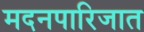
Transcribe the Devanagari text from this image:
मदनपारिजात